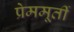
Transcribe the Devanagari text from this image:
प्रेममूर्ती